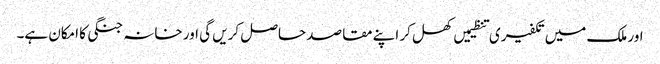
اور ملک میں تکفیری تنظیمیں کھل کر اپنے مقاصد حاصل کریں گی اور خانہ جنگی کا امکان ہے۔